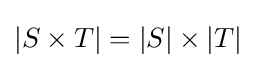
\displaystyle |S\times T|=|S|\times |T|